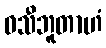
ဝသီဘူတာဟံ